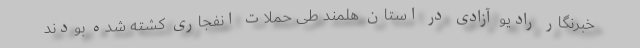
خبرنگار رادیو آزادی در استان هلمند طی حملات انفجاری کشته شده بودند